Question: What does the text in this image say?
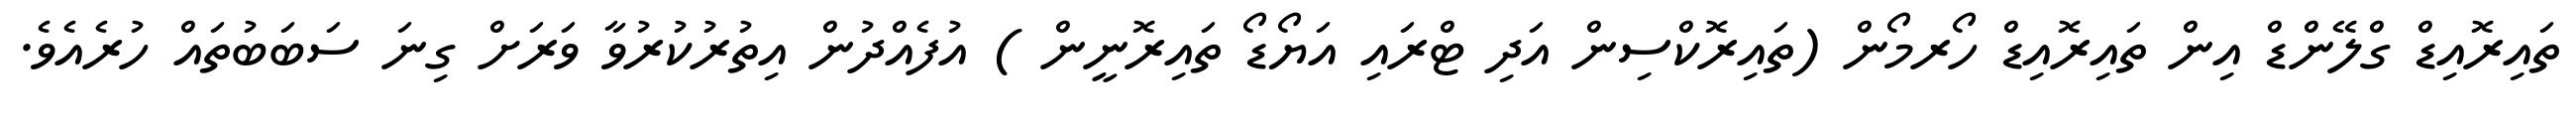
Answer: ތައިރޮއިޑް ގްލޭންޑް އިން ތައިރޮއިޑް ހޯރމޯން (ތައިރޮކްސިން އަދި ޓްރައި އަޔޯޑޯ ތައިރޮނީން ) އުފެއްދުން އިތުރުކުރުވާ ވަރަށް ގިނަ ސަބަބުތައް ހުރެއެވެ.